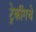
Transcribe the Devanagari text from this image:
ट्रेकींगचे